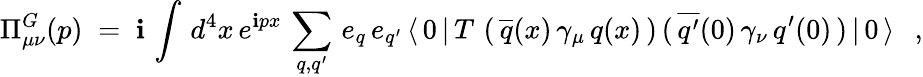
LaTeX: \Pi_{\mu\nu}^{G}(p)\; =\; \mathbf{i}\, \int\, d^{4}x\, e^{\mathbf{i}px}\, \sum_{q,q^{\prime}}\, e_{q}\, e_{q^{\prime}}\, \langle\, 0\, |\, T\, \left(\, \overline{{{{q}}}}(x)\, \gamma_{\mu}\, q(x)\, \right)\, (\, \overline{{{{q^{\prime}}}}}(0)\, \gamma_{\nu}\, q^{\prime}(0)\, )\, |\, 0\, \rangle\; \; \, ,